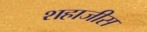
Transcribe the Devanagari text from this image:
शहाजीस